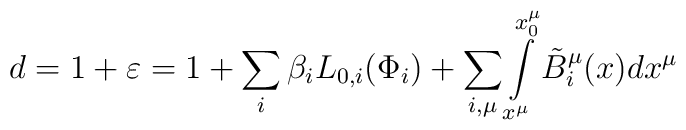
d=1+\varepsilon=1+\sum\limits_i{\beta_i L_{0,i}(\Phi_i)}+ \sum\limits_{i,\mu}{\int\limits_{x^\mu}^{x_0^\mu}{\tilde B_i^\mu(x)dx^\mu}}